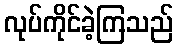
လုပ်ကိုင်ခဲ့ကြသည်